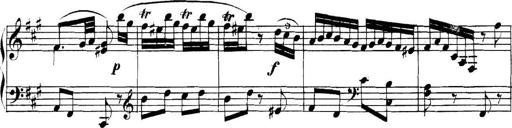
Title: Collected Piano Sonatas
Composer: Muzio Clementi